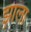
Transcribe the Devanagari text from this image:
झ़ाला